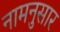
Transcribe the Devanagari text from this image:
नामनुसार